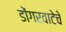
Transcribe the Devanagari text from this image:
डोंगरवाटेचे